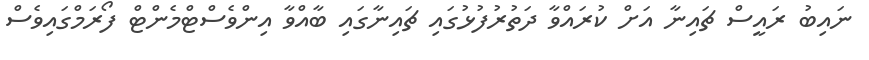
ނައިބު ރައީސް ޗައިނާ އަށް ކުރައްވާ ދަތުރުފުޅުގައި ޗައިނާގައި ބާއްވާ އިންވެސްޓްމެންޓް ފޯރަމްގައިވެސް